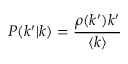
P ( k ^ { \prime } | k ) = \frac { \rho ( k ^ { \prime } ) k ^ { \prime } } { \langle k \rangle }